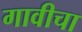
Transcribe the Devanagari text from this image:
गावीचा